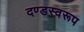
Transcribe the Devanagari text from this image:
दण्डस्वरूप